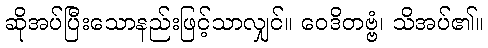
ဆိုအပ်ပြီးသောနည်းဖြင့်သာလျှင်။ ဝေဒိတဗ္ဗံ၊ သိအပ်၏။